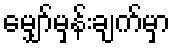
မျှော်မှန်းချက်မှာ